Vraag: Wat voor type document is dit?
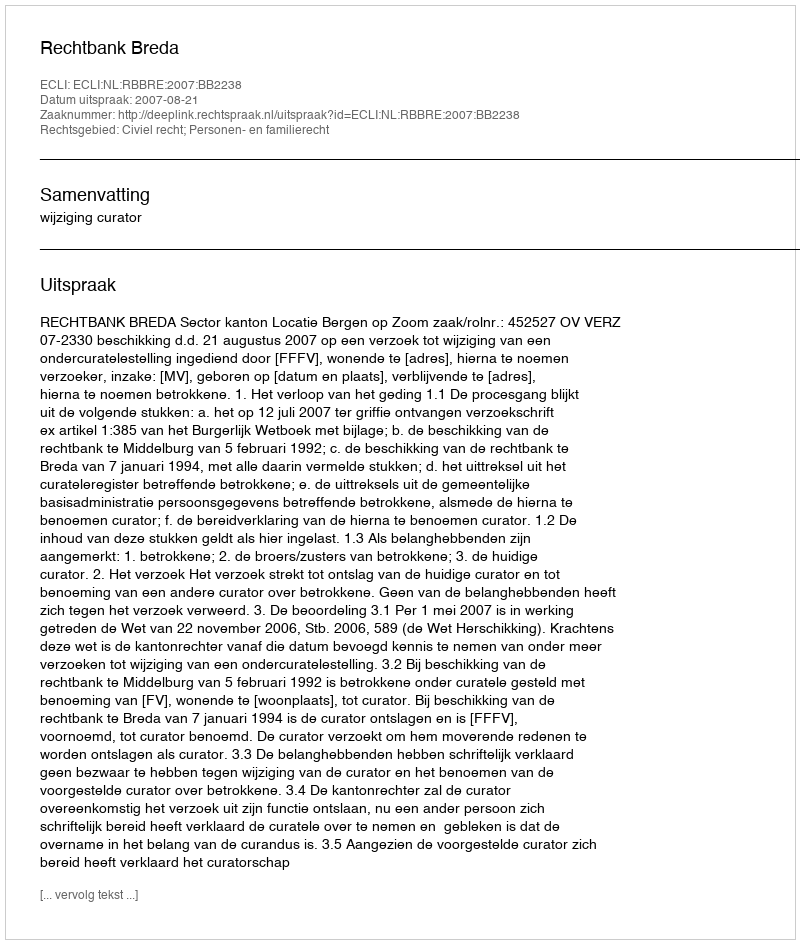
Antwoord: Uitspraak